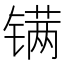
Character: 𬭮